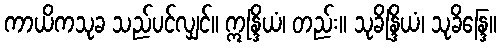
ကာယိကသုခ သည်ပင်လျှင်။ ဣန္ဒြိယံ၊ တည်း။ သုခိန္ဒြိယံ၊ သုခိန္ဒြေ။